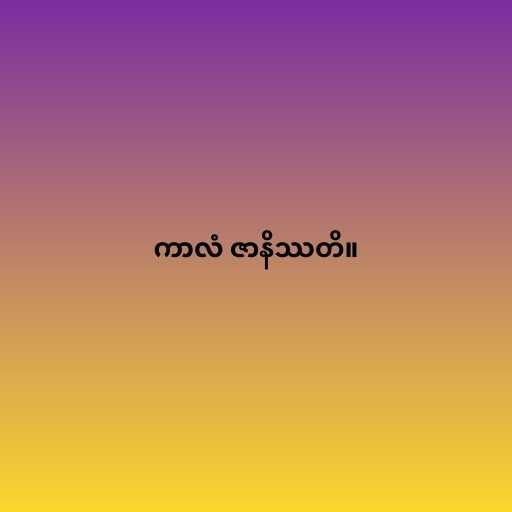
ကာလံ ဇာနိဿတိ။